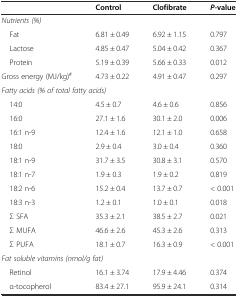
|  | Control | Clofibrate | P-value |
 | --- | --- | --- | --- |
 | <COLSPAN=4> Nutrients (%) |
 | Fat | 6.81 ± 0.49 | 6.92 ± 1.15 | 0.797 |
 | Lactose | 4.85 ± 0.47 | 5.04 ± 0.42 | 0.367 |
 | Protein | 5.19 ± 0.39 | 5.66 ± 0.33 | 0.012 |
 | Gross energy (MJ/kg)# | 4.73 ± 0.22 | 4.91 ± 0.47 | 0.297 |
 | <COLSPAN=4> Fatty acids (% of total fatty acids) |
 | 14:0 | 4.5 ± 0.7 | 4.6 ± 0.6 | 0.856 |
 | 16:0 | 27.1 ± 1.6 | 30.1 ± 2.0 | 0.006 |
 | 16:1 n-9 | 12.4 ± 1.6 | 12.1 ± 1.0 | 0.658 |
 | 18:0 | 2.9 ± 0.4 | 3.0 ± 0.4 | 0.360 |
 | 18:1 n-9 | 31.7 ± 3.5 | 30.8 ± 3.1 | 0.570 |
 | 18:1 n-7 | 1.9 ± 0.3 | 1.9 ± 0.2 | 0.819 |
 | 18:2 n-6 | 15.2 ± 0.4 | 13.7 ± 0.7 | < 0.001 |
 | 18:3 n-3 | 1.2 ± 0.1 | 1.0 ± 0.1 | 0.018 |
 | Σ SFA | 35.3 ± 2.1 | 38.5 ± 2.7 | 0.021 |
 | Σ MUFA | 46.6 ± 2.6 | 45.3 ± 2.6 | 0.313 |
 | Σ PUFA | 18.1 ± 0.7 | 16.3 ± 0.9 | < 0.001 |
 | <COLSPAN=4> Fat soluble vitamins (nmol/g fat) |
 | Retinol | 16.1 ± 3.74 | 17.9 ± 4.46 | 0.374 |
 | α-tocopherol | 83.4 ± 27.1 | 95.9 ± 24.1 | 0.314 |